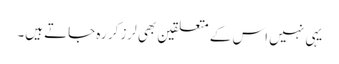
یہی نہیں اس کے متعلقین بھی لرز کر رہ جاتے ہیں۔